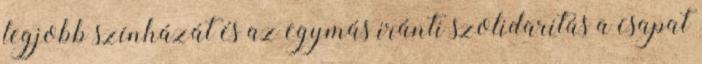
legjobb színházát és az egymás iránti szolidaritás a csapat